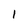
Character: 1